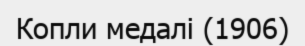
Копли медалі (1906)